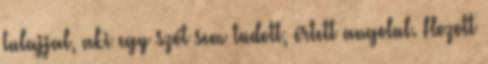
tulajjal, aki egy szót sem tudott, értett angolul. Hozott